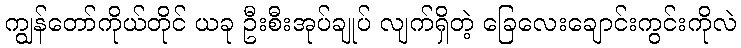
ကျွန်တော်ကိုယ်တိုင် ယခု ဦးစီးအုပ်ချုပ် လျက်ရှိတဲ့ ခြေလေးချောင်းကွင်းကိုလဲ